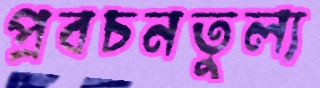
প্রবচনতুল্য